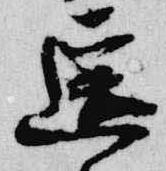
遥